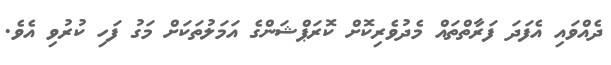
ދެއްވައި އެފަދަ ފަރާތްތައް މެދުވެރިކޮށް ކޮރަޕްޝަންގެ އަމަލުތަކަށް މަގު ފަހި ކުރުވި އެވެ.